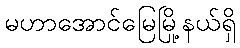
မဟာအောင်မြေမြို့နယ်ရှိ